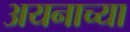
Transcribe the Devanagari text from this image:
अयनाच्या